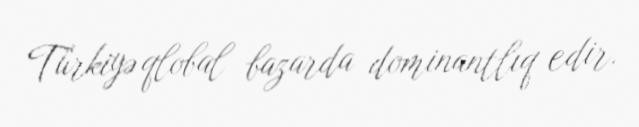
Türkiyə qlobal bazarda dominantlıq edir.